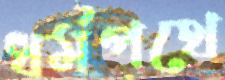
ধর্মপথে